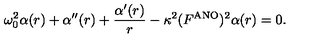
\omega _ { 0 } ^ { 2 } \alpha ( r ) + \alpha ^ { \prime \prime } ( r ) + \frac { \alpha ^ { \prime } ( r ) } { r } - \kappa ^ { 2 } ( F ^ { \mathrm { A N O } } ) ^ { 2 } \alpha ( r ) = 0 .